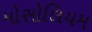
મોસોલિયમ